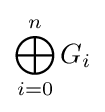
\bigoplus _{i=0}^{n}G_{i}